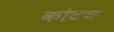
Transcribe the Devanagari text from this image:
कोटच